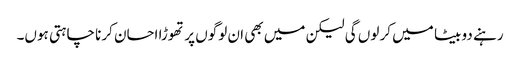
رہنے دو بیٹا میں کر لوں گی لیکن میں بھی ان لوگوں پر تھوڑا احسان کرنا چاہتی ہوں۔